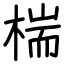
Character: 椯